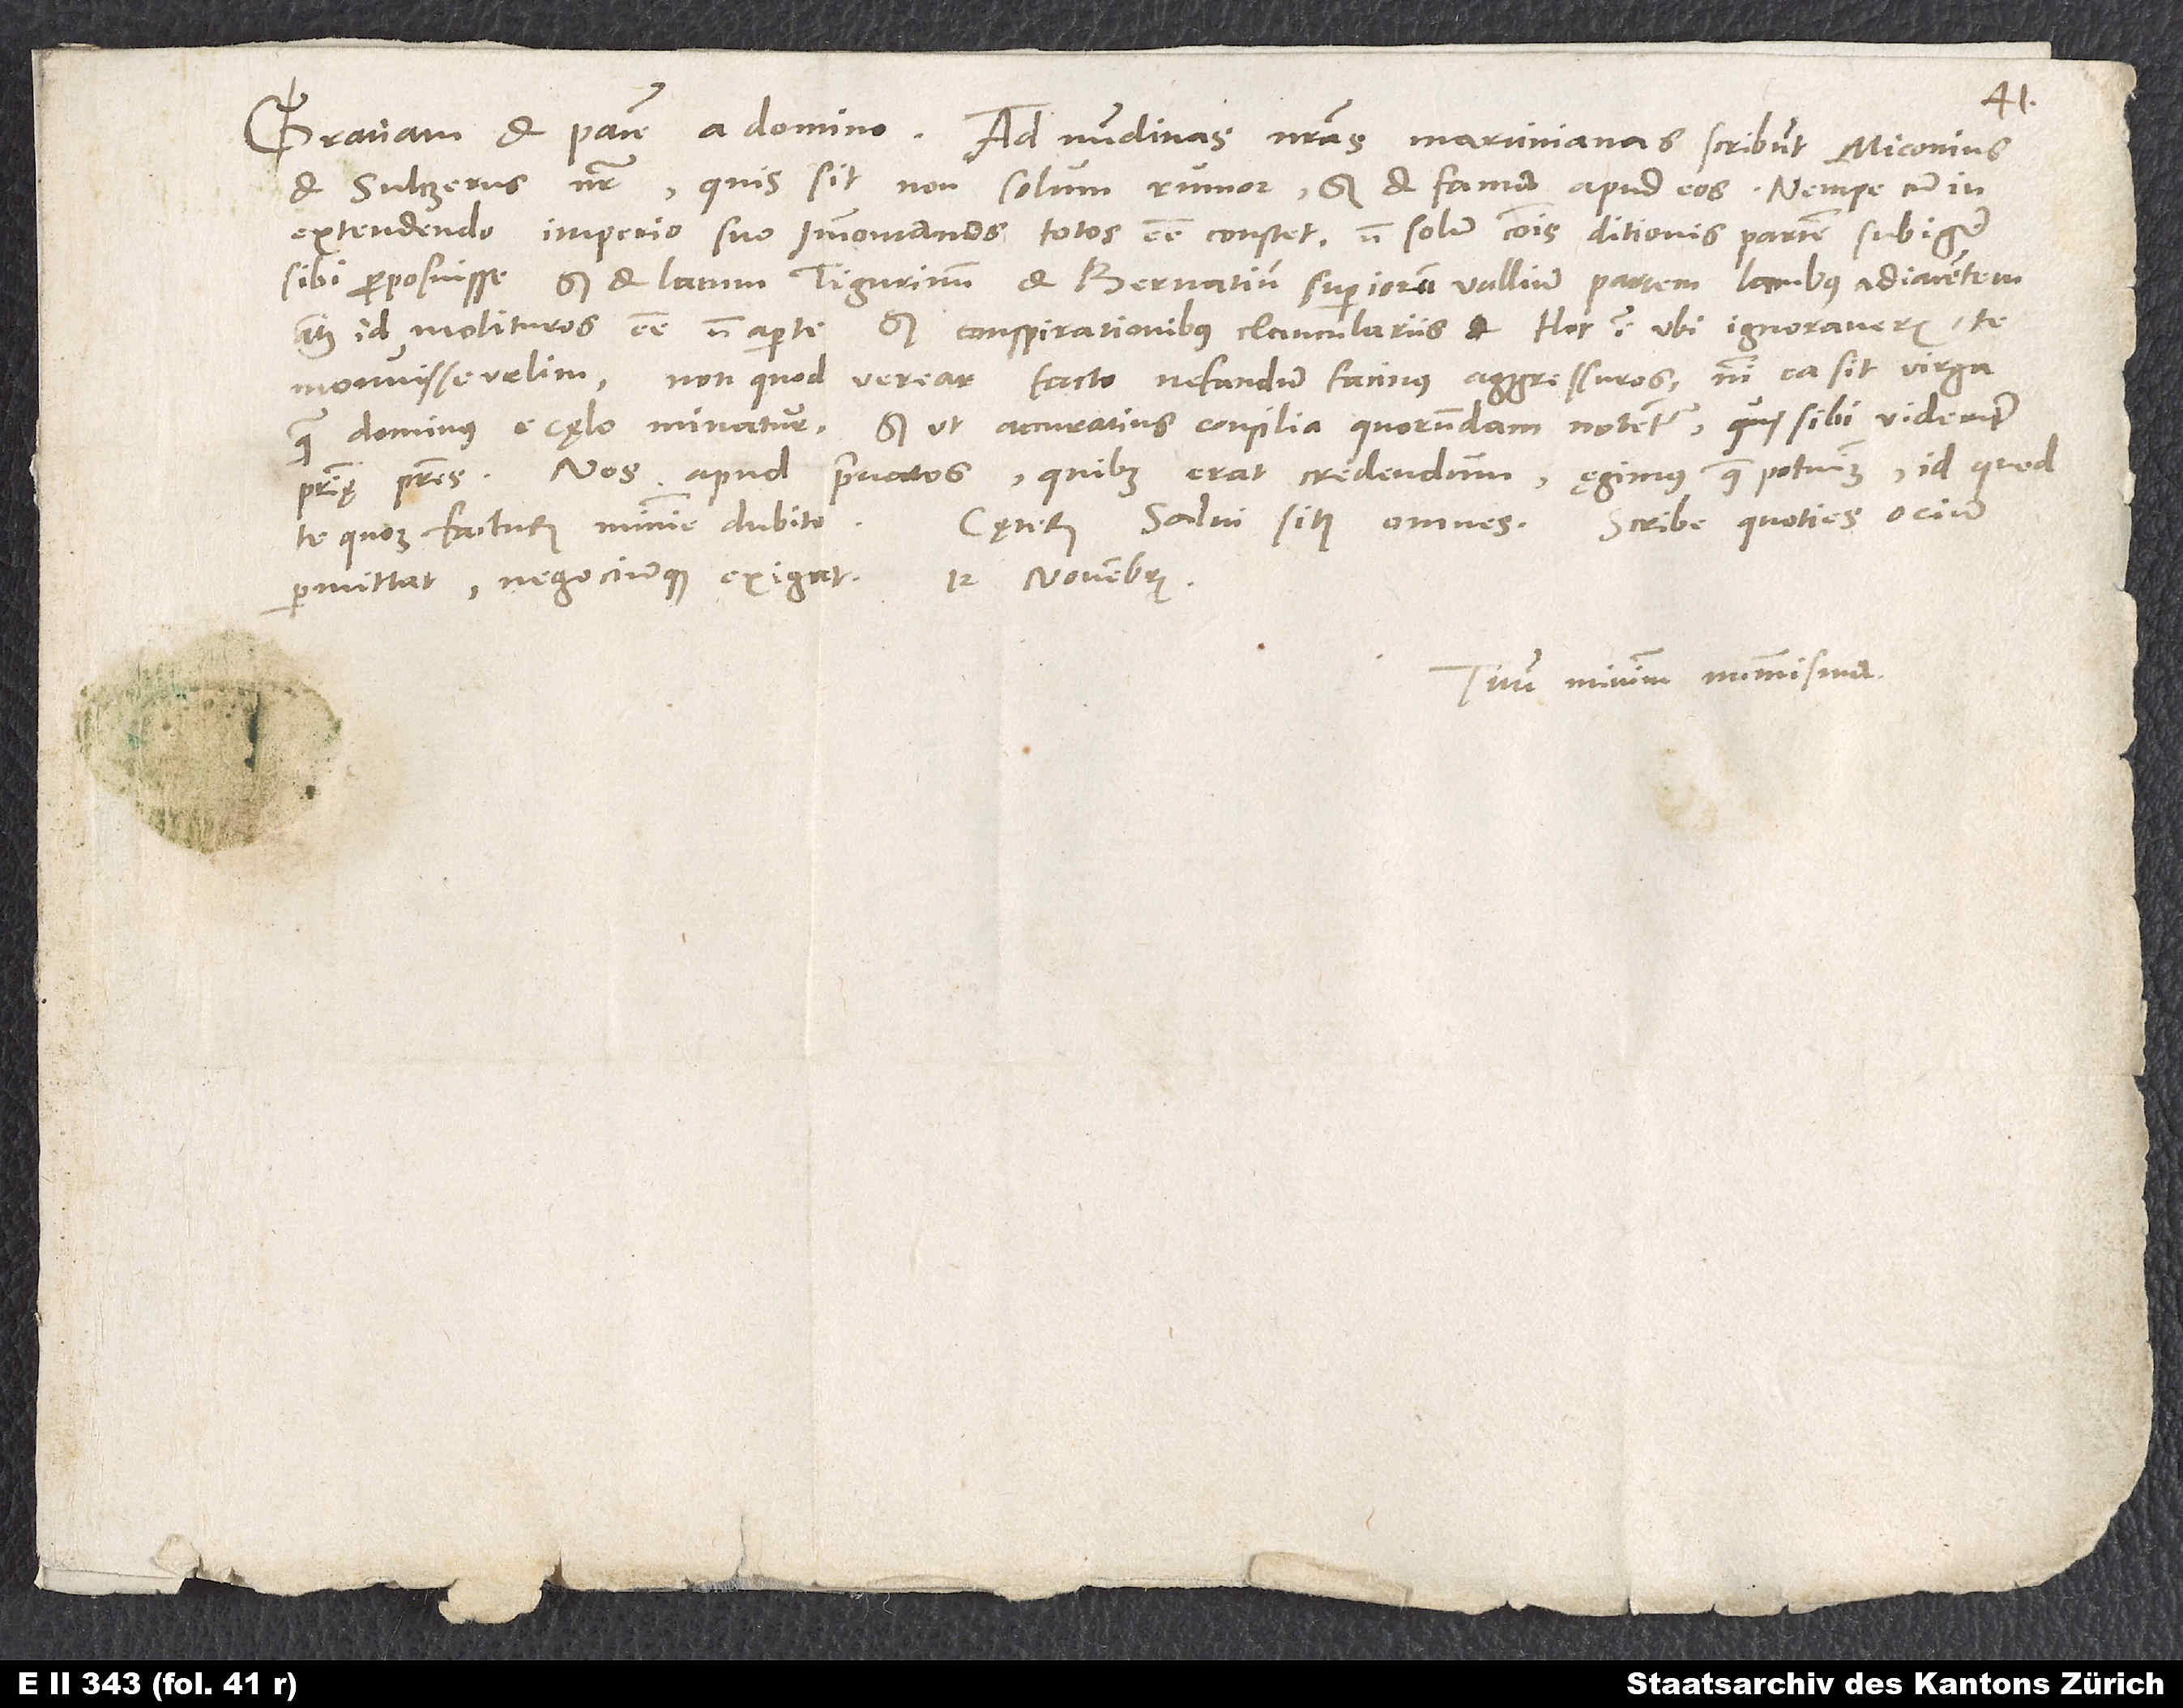
et Sultzerus noster, quis sit non solum rumor, sed et fama apud eos, nempe, cum in
extendendo imperio suo Immontanos totos esse constet, non solum communis ditionis partem subigere
sibi proposuisse, sed et lacum Tigurinum et Bernatium superiorum vallium partem Iacubus adiacentem,
atque id molituros esse non aperte, sed conspirationibus clanculariis. Hoc igitur ubi ignoraveris, te
non quod verear facto nefandum facinus aggressuros, nisi ea sit virga,
monuisse velim,
qua dominus e cęlo minatur, sed ut accuratius consilia quorundam notentur, qui sibi videntur
patrię patres. Nos apud privatos, quibus erat credendum, ęgimus, quae potuimus, id quod
Caeterum salvi sitis omnes. Scribe, quoties ocium
te quoque facturum minime dubito.
Tuum minimum nummisma.